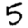
Digit: 5